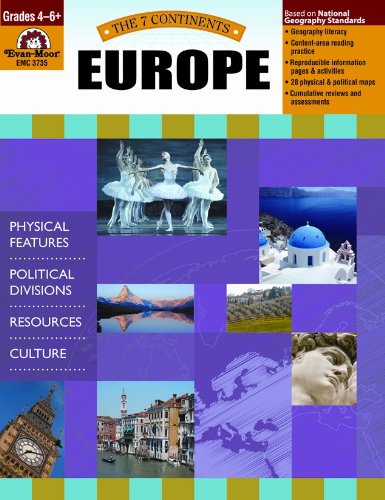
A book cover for Europe (7 Continents); Evan Moor; Children's Books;